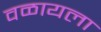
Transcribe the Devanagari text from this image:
वळायला